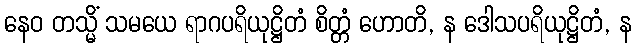
နေဝ တသ္မိံ သမယေ ရာဂပရိယုဋ္ဌိတံ စိတ္တံ ဟောတိ, န ဒေါသပရိယုဋ္ဌိတံ, န